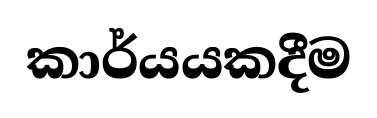
කාර්යයකදීම